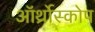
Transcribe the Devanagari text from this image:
ऑर्थ्रोस्कोप